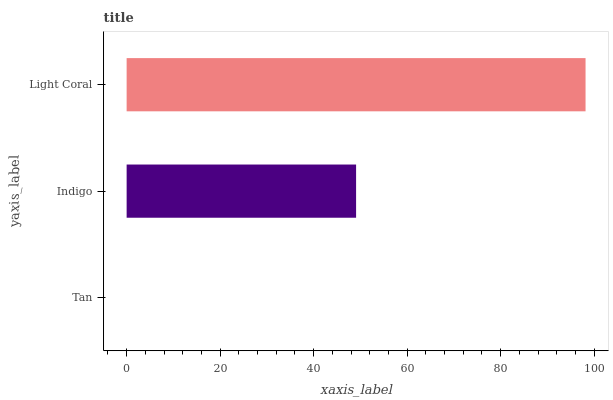
| yaxis_label | bars |
 | --- | --- |
 | Tan | 0 |
 | Indigo | 49.1 |
 | Light Coral | 98.2 |